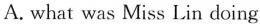
A.what was Miss Lin doing